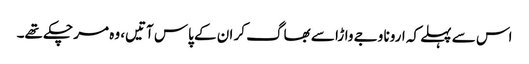
اس سے پہلے کہ ارونا وجے واڑا سے بھاگ کر ان کے پاس آتیں، وہ مر چکے تھے۔